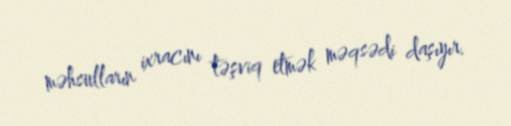
məhsulların ixracını təşviq etmək məqsədi daşıyır.